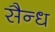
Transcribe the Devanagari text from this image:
सैन्ध